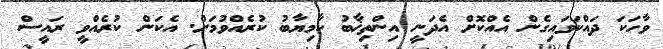
ވާހަކަ ދައްކަވައިގެން އެއްކޮށް އެދަނީ އިންތިޚާބު ކާމިޔާބު ކުރެއްވުމަށް. އެކަން ކުރެއްވީ ރައީސް